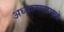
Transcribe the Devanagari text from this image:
अध्यात्मासारखे